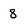
Character: 8